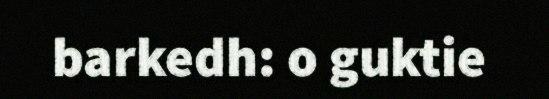
barkedh: o guktie